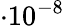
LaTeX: \cdot 10^{-8}